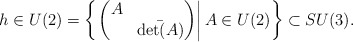
\begin{align*}h \in U(2) = \left\{\left.\begin{pmatrix}A &\\& \bar{\det(A)}\end{pmatrix}\right| A\in U(2)\right\}\subset SU(3).\end{align*}